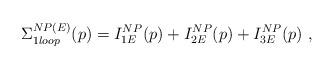
LaTeX: \begin{align*}\Sigma _{1loop}^{NP(E)}(p)=I_{1E}^{NP}(p)+I_{2E}^{NP}(p)+I_{3E}^{NP}(p)~,\end{align*}